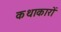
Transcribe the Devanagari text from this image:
कथाकारों